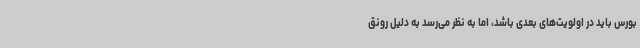
بورس باید در اولویت‌های بعدی باشد، اما به نظر می‌رسد به دلیل رونق